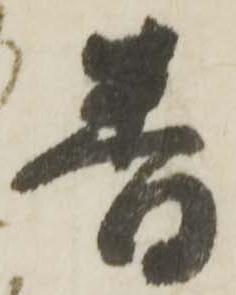
番